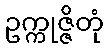
ဥက္ကုဇ္ဇိတုံ